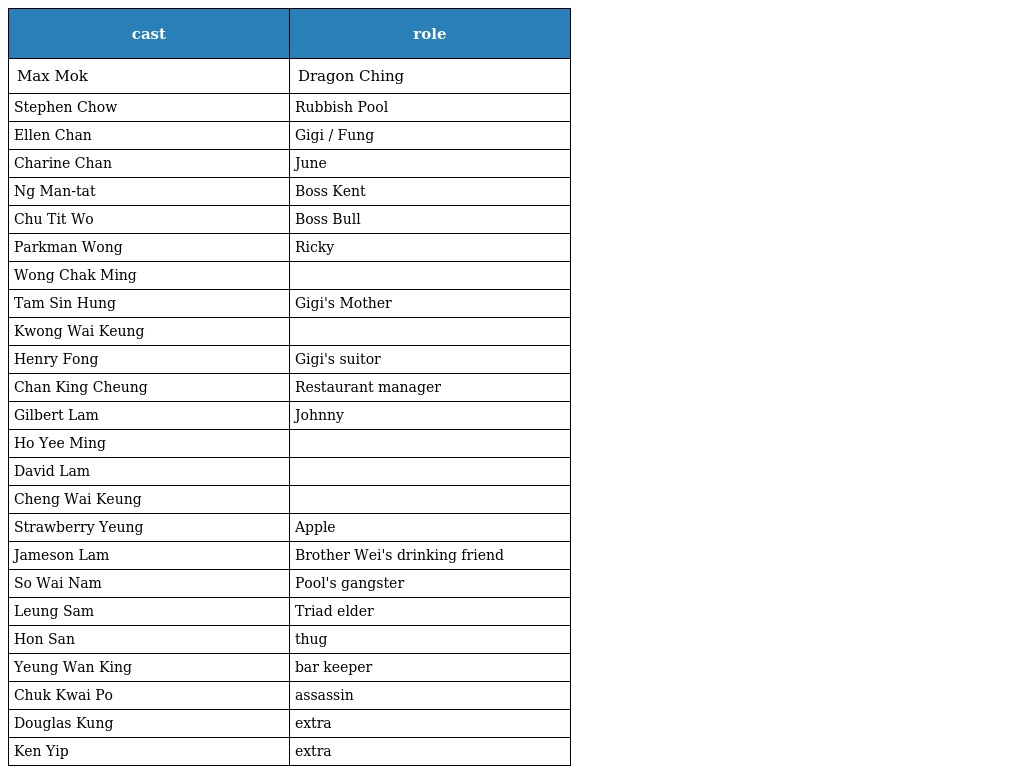
| cast | role |
 | --- | --- |
 | Max Mok | Dragon Ching |
 | Stephen Chow | Rubbish Pool |
 | Ellen Chan | Gigi / Fung |
 | Charine Chan | June |
 | Ng Man-tat | Boss Kent |
 | Chu Tit Wo | Boss Bull |
 | Parkman Wong | Ricky |
 | Wong Chak Ming |  |
 | Tam Sin Hung | Gigi's Mother |
 | Kwong Wai Keung |  |
 | Henry Fong | Gigi's suitor |
 | Chan King Cheung | Restaurant manager |
 | Gilbert Lam | Johnny |
 | Ho Yee Ming |  |
 | David Lam |  |
 | Cheng Wai Keung |  |
 | Strawberry Yeung | Apple |
 | Jameson Lam | Brother Wei's drinking friend |
 | So Wai Nam | Pool's gangster |
 | Leung Sam | Triad elder |
 | Hon San | thug |
 | Yeung Wan King | bar keeper |
 | Chuk Kwai Po | assassin |
 | Douglas Kung | extra |
 | Ken Yip | extra |